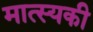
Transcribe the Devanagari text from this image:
मात्स्यकी